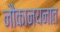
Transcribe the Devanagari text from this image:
नौकानयनात